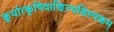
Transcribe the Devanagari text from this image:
कुर्यात्कृषिवाणिज्यशिल्पकम्